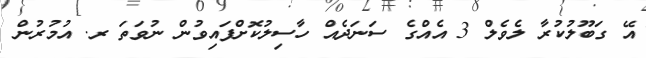
އޭ ގަބޫލުކުރާ ލެވެލް 3 އެއްގެ ސަނަދެއް ހާސިލުކޮށްފައިވުން ނުވަތަ ރ. އުމުރުން